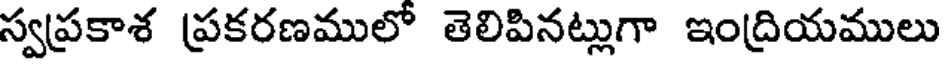
స్వప్రకాశ ప్రకరణములో తెలిపినట్లుగా ఇంద్రియములు